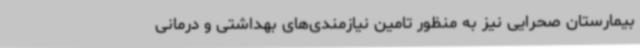
بیمارستان صحرایی نیز به منظور تامین نیازمندی‌های بهداشتی و درمانی